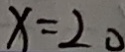
x = 2 0